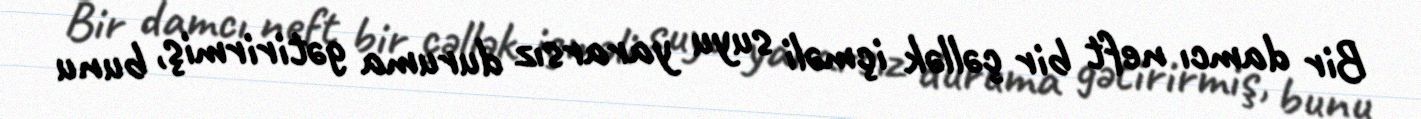
Bir damcı neft bir çəllək içməli suyu yararsız duruma gətirirmiş, bunu